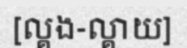
[ល្គង-ល្គាយ]